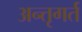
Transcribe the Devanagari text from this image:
अन्तृगर्त